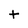
Character: t